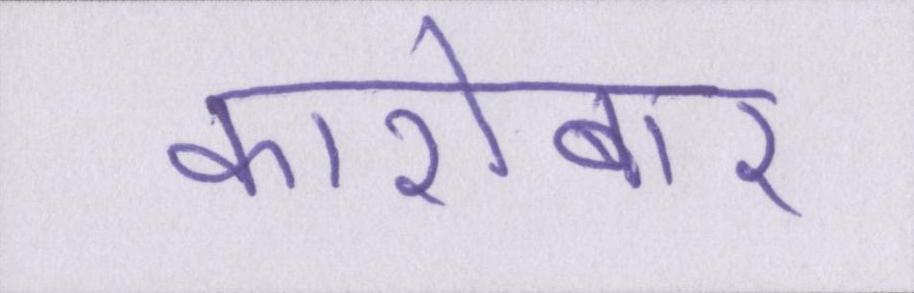
कारोबार